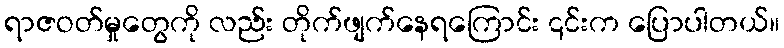
ရာဇဝတ်မှုတွေကို လည်း တိုက်ဖျက်နေရကြောင်း ၎င်းက ပြောပါတယ်။